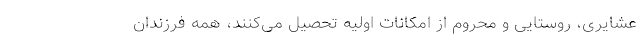
عشایری، روستایی و محروم از امکانات اولیه تحصیل می‌کنند، همه فرزندان